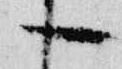
一